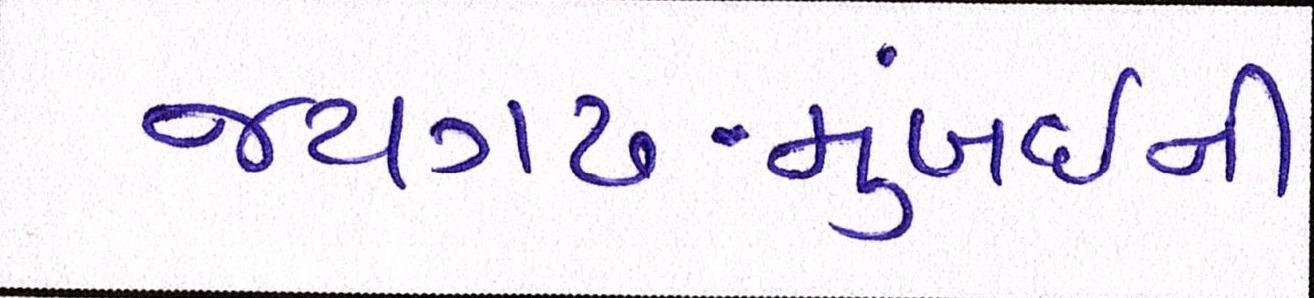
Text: જયગઢ-મુંબઈની